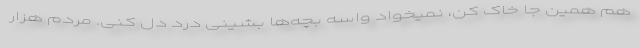
هم همین جا خاک کن، نمیخواد واسه بچه‌ها بشینی درد دل کنی. مردم هزار